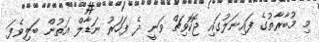
މި މުބާރާތުގެ ފައިނަލުގައި ޖޮކޮވިޗް ވަނީ ދެ ފަހަރު ނަޑާލް އަތުން ބަލިވެފަ